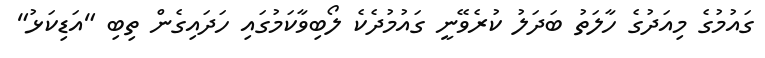
ގައުމުގެ މިއަދުގެ ހާލަތު ބަދަލު ކުރެވޭނީ ގައުމުދެކެ ލޯބިވާކަމުގައި ހަދައިގެން ތިބި "އަޑިކަޅު"